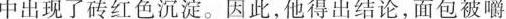
中出现了砖红色沉淀。因此，他得出结论，面包被嚼